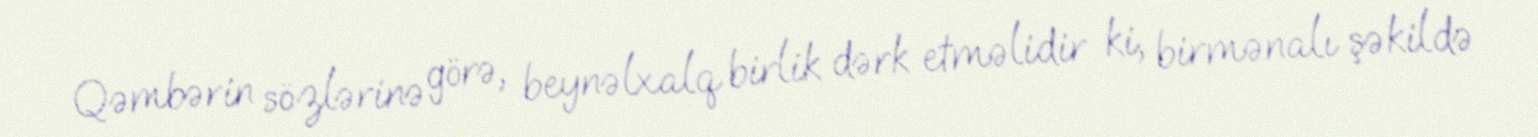
Qəmbərin sözlərinə görə, beynəlxalq birlik dərk etməlidir ki, birmənalı şəkildə